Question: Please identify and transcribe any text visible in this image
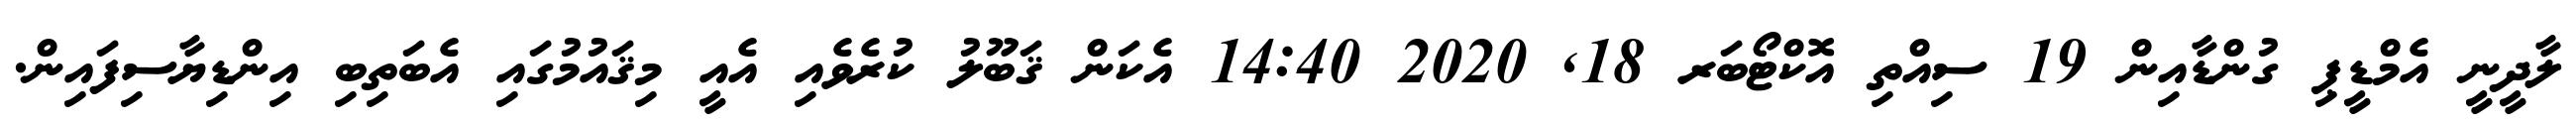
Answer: ލާދީނީ އެމްޑީޕި ގުންޑާއިން 19 ސިއްތި އޮކްޓޯބަރ 18, 2020 14:40 އެކަން ޤަބޫލު ކުރެވެއި އެއީ މިޤައުމުގައި އެބަތިބި އިންޑިޔާސިފައިން.